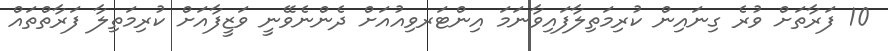
10 ފަރާތަށް ވުރެ ގިނައިން ކުރިމަތިލާފައިވާނަމަ އިންޓަރވިއުއަށް ދެންނެވޭނީ ވަޒީފާއަށް ކުރިމަތިލާ ފަރާތްތައް